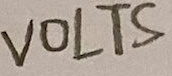
Text: VOLTS